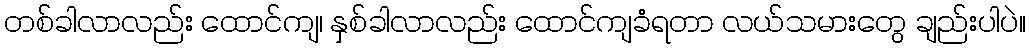
တစ်ခါလာလည်း ထောင်ကျ၊ နှစ်ခါလာလည်း ထောင်ကျခံရတာ လယ်သမားတွေ ချည်းပါပဲ။